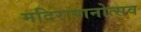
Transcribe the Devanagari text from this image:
मदिरापानोत्सव